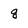
Character: g